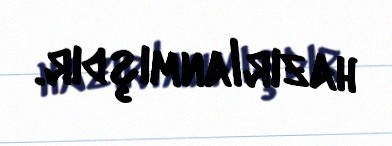
hazırlanmışdır.